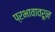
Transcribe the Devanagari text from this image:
प्रभावावरून